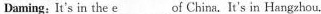
Daming:It's in the \underline{e} ___of China.It's in Hangzhou.